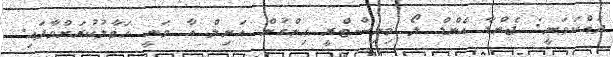
ދައްކަވަނީ: ޖެންޑާ އެންޑް ލޯ މިނިސްޓްރީ ހިންގުން އަނިލް އާ ވަނީ ހަވާލުކުރަށްވާފައި.